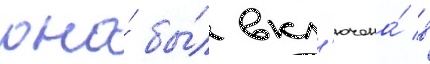
она́ бы́л вкл'ючена́ в